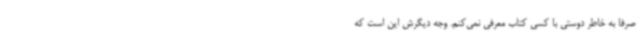
صرفاً به خاطر دوستی با کسی کتاب معرفی نمی‌کنم. وجه دیگرش این است که